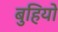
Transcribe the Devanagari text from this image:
बुहियो